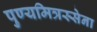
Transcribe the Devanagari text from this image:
पुण्यमित्रस्सेना